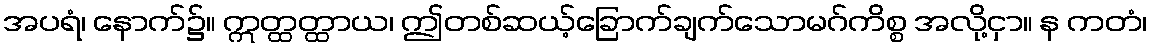
အပရံ၊ နောက်၌။ ဣတ္ထတ္ထာယ၊ ဤတစ်ဆယ့်ခြောက်ချက်သောမဂ်ကိစ္စ အလို့ငှာ။ န ကတံ၊